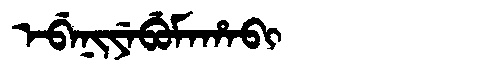
Manchu: ᡝᠪᡝᠨᡳᠶᡝᠪᡠᠮᠠᡥᠠᠪᡳ
Romanization: EBENIYEBUMAHABI